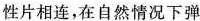
性片相连，在自然情况下弹